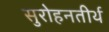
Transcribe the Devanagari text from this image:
सुरोहनतीर्थ